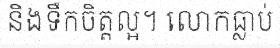
និងទឹកចិត្តល្អ។ លោកធ្លាប់